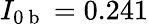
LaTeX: I_{0\mathrm{~b~}}=0.241